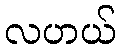
လဟယ်